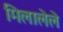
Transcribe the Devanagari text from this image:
मिलालेले